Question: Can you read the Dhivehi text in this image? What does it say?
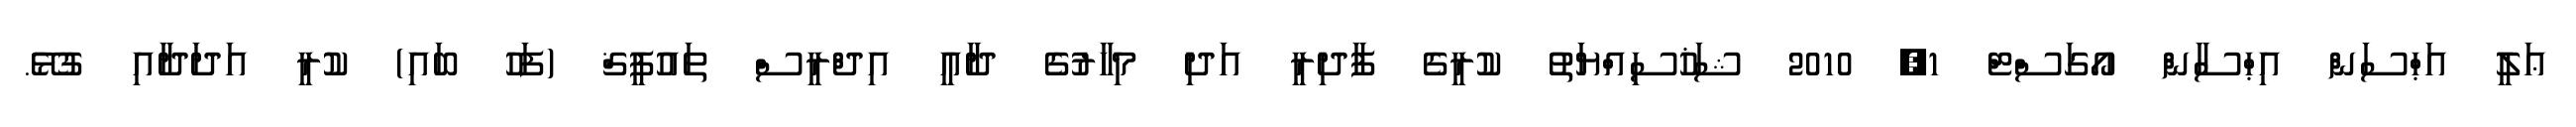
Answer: ޢަލީ އަޙްސަން އިޙްސާން އޯގަސްޓް 1, 2010 ޝަޚުސިއްޔަތު ކުރީގެ ފާދިރީ އަދި މިހާރުގެ ދާޢީ އިދްރީސް ތައުފީޤް (ފަހު ބައި) ކުރީ އަދަދާއި ގުޅޭ.